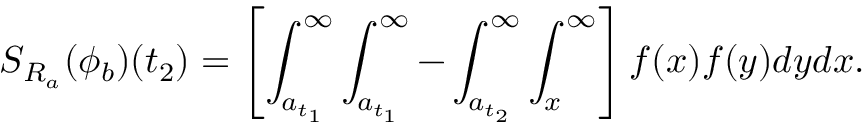
S _ { R _ { a } } ( \phi _ { b } ) ( t _ { 2 } ) = \left[ \int _ { a _ { t _ { 1 } } } ^ { \infty } \int _ { a _ { t _ { 1 } } } ^ { \infty } - \int _ { a _ { t _ { 2 } } } ^ { \infty } \int _ { x } ^ { \infty } \right] f ( x ) f ( y ) d y d x .